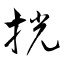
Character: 挄